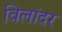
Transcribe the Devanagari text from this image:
विलांदर